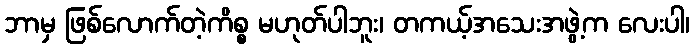
ဘာမှ ဖြစ်လောက်တဲ့ကိစ္စ မဟုတ်ပါဘူး၊ တကယ့်အသေးအဖွဲ့က လေးပါ၊